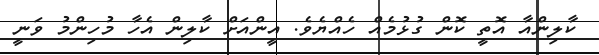
ކާލިންއާ އޮތީ ކޮން ގުޅުމެއް ހެއްޔެވެ. އީންއަށް ކާލިން އެހާ މުހިންމު ވަނީ